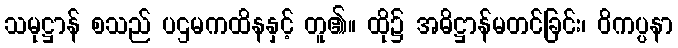
သမုဋ္ဌာန် စသည် ပဌမကထိနနှင့် တူ၏။ ထို၌ အဓိဋ္ဌာန်မတင်ခြင်း၊ ဝိကပ္ပနာ